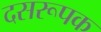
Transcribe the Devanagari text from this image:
दसरूपक